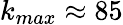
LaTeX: k_{max}\approx 85